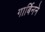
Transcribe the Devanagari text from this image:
गार्बिनने